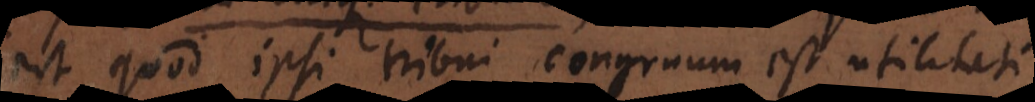
est quod ipsi tribui congruum est utilitati